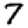
Digit: 7